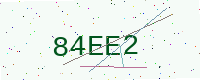
Text: 84EE2